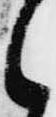
之